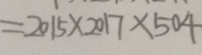
= 2 0 1 5 \times 2 0 1 7 \times 5 0 4